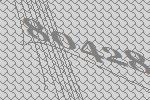
80428